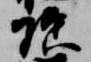
頂